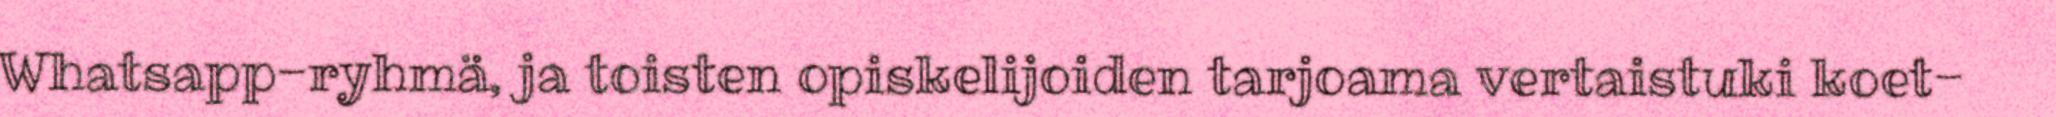
Whatsapp-ryhmä, ja toisten opiskelijoiden tarjoama vertaistuki koet-